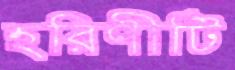
হরিণীটি